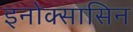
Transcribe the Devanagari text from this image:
इनोक्सासिन